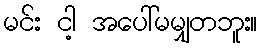
မင်း ငါ့ အပေါ်မမျှတဘူး။